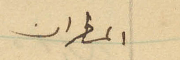
المطران